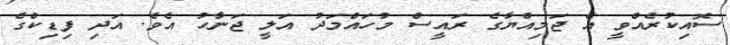
ސޮއިކުރެއްވީ އެ ޖަމިއްޔާގެ ރައީސް މުހައްމަދު އަލީ ޖަނާހު އެވެ. އަދި ފިޑިކްގެ